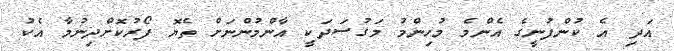
އަދި އެ ކުންފުނީގެ އެންމެ މުހިންމު މަގުސަދަކީ އާންމުންނަށް ތެޔޮ ފޯރުކޮށްދިނުމާ އެކު